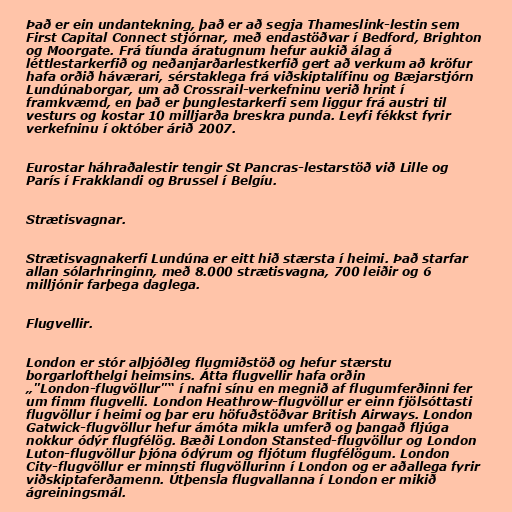
Það er ein undantekning, það er að segja Thameslink-lestin sem
First Capital Connect stjórnar, með endastöðvar í Bedford, Brighton
og Moorgate. Frá tíunda áratugnum hefur aukið álag á
léttlestarkerfið og neðanjarðarlestkerfið gert að verkum að kröfur
hafa orðið háværari, sérstaklega frá viðskiptalífinu og Bæjarstjórn
Lundúnaborgar, um að Crossrail-verkefninu verið hrint í
framkvæmd, en það er þunglestarkerfi sem liggur frá austri til
vesturs og kostar 10 milljarða breskra punda. Leyfi fékkst fyrir
verkefninu í október árið 2007.

Eurostar háhraðalestir tengir St Pancras-lestarstöð við Lille og
París í Frakklandi og Brussel í Belgíu.

Strætisvagnar.

Strætisvagnakerfi Lundúna er eitt hið stærsta í heimi. Það starfar
allan sólarhringinn, með 8.000 strætisvagna, 700 leiðir og 6
milljónir farþega daglega.

Flugvellir.

London er stór alþjóðleg flugmiðstöð og hefur stærstu
borgarlofthelgi heimsins. Átta flugvellir hafa orðin
„"London-flugvöllur"“ í nafni sínu en megnið af flugumferðinni fer
um fimm flugvelli. London Heathrow-flugvöllur er einn fjölsóttasti
flugvöllur í heimi og þar eru höfuðstöðvar British Airways. London
Gatwick-flugvöllur hefur ámóta mikla umferð og þangað fljúga
nokkur ódýr flugfélög. Bæði London Stansted-flugvöllur og London
Luton-flugvöllur þjóna ódýrum og fljótum flugfélögum. London
City-flugvöllur er minnsti flugvöllurinn í London og er aðallega fyrir
viðskiptaferðamenn. Útþensla flugvallanna í London er mikið
ágreiningsmál.